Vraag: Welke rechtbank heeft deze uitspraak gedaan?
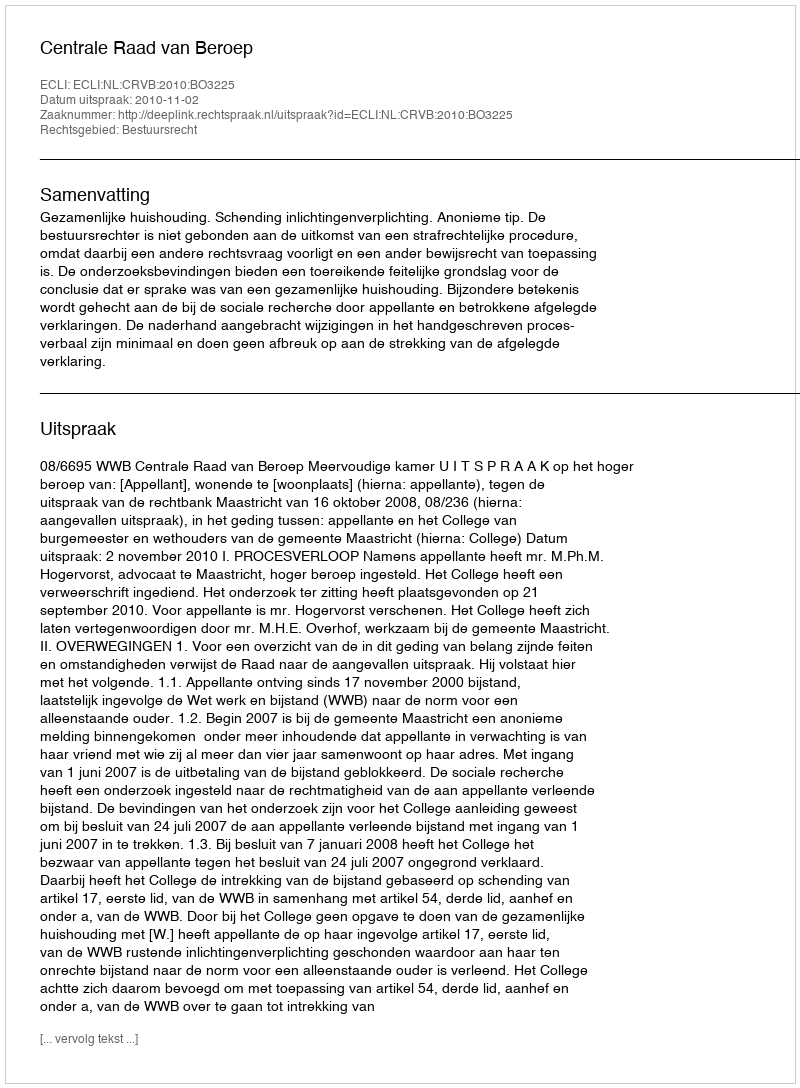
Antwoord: Centrale Raad van Beroep